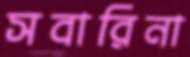
সবারিনা